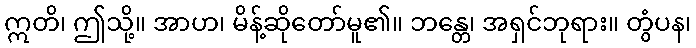
ဣတိ၊ ဤသို့။ အာဟ၊ မိန့်ဆိုတော်မူ၏။ ဘန္တေ၊ အရှင်ဘုရား။ တွံပန၊